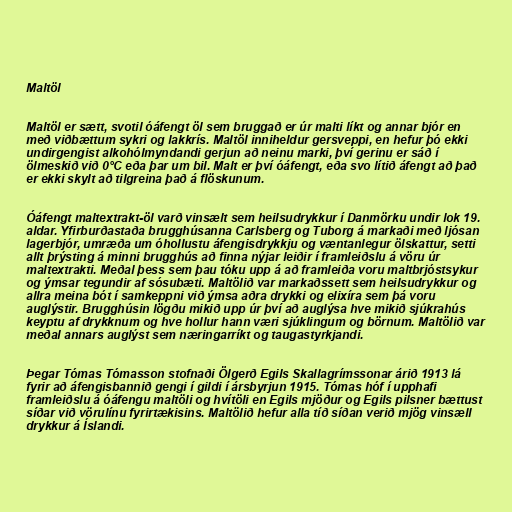
Maltöl

Maltöl er sætt, svotil óáfengt öl sem bruggað er úr malti líkt og annar bjór en
með viðbættum sykri og lakkrís. Maltöl inniheldur gersveppi, en hefur þó ekki
undirgengist alkohólmyndandi gerjun að neinu marki, því gerinu er sáð í
ölmeskið við 0°C eða þar um bil. Malt er því óáfengt, eða svo lítið áfengt að það
er ekki skylt að tilgreina það á flöskunum.

Óáfengt maltextrakt-öl varð vinsælt sem heilsudrykkur í Danmörku undir lok 19.
aldar. Yfirburðastaða brugghúsanna Carlsberg og Tuborg á markaði með ljósan
lagerbjór, umræða um óhollustu áfengisdrykkju og væntanlegur ölskattur, setti
allt þrýsting á minni brugghús að finna nýjar leiðir í framleiðslu á vöru úr
maltextrakti. Meðal þess sem þau tóku upp á að framleiða voru maltbrjóstsykur
og ýmsar tegundir af sósubæti. Maltölið var markaðssett sem heilsudrykkur og
allra meina bót í samkeppni við ýmsa aðra drykki og elixíra sem þá voru
auglýstir. Brugghúsin lögðu mikið upp úr því að auglýsa hve mikið sjúkrahús
keyptu af drykknum og hve hollur hann væri sjúklingum og börnum. Maltölið var
meðal annars auglýst sem næringarríkt og taugastyrkjandi.

Þegar Tómas Tómasson stofnaði Ölgerð Egils Skallagrímssonar árið 1913 lá
fyrir að áfengisbannið gengi í gildi í ársbyrjun 1915. Tómas hóf í upphafi
framleiðslu á óáfengu maltöli og hvítöli en Egils mjöður og Egils pilsner bættust
síðar við vörulínu fyrirtækisins. Maltölið hefur alla tíð síðan verið mjög vinsæll
drykkur á Íslandi.